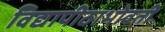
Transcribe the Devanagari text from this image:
विद्यापीठाभोवती